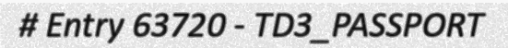
# Entry 63720 - TD3_PASSPORT